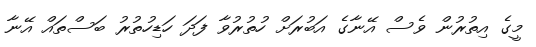
މީގެ އިތުރުން ވެސް އޭނާގެ އަބުރަށް ހުތުރުވާ ފަދަ ހަޑިހުތުރު ބަސްތައް އޭނާ